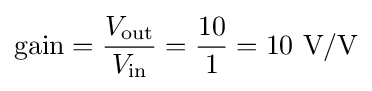
{\text{gain}}={\frac {V_{\text{out}}}{V_{\text{in}}}}={\frac {10}{1}}=10~{\text{V/V}}